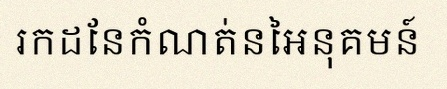
រកដែនកំណត់នៃអនុគមន៍